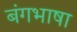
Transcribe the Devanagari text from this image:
बंगभाषा